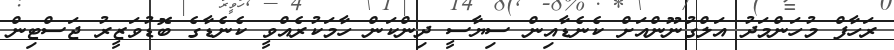
ރަހާފް މުހަންމަދު އަލްގުނޫންއަށް ކެނެޑާއިން ސިޔާސީ ދިންކަން ހާމަކުރެއްވީ ކެނެޑާގެ ބޮޑުވަޒީރު ޖަސްޓިން